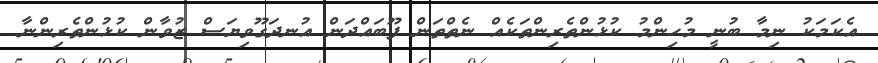
އެކަމަކު ނިމާ ބުނީ މުހިންމު ކުޅުންތެރިންތަކެއް ނެތްތަން ފޫބައްދަން އުނދަގޫވިޔަސް ޒުވާން ކުޅުންތެރިންނާ